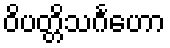
ဝိပတ္တိသင်္ဂဟော